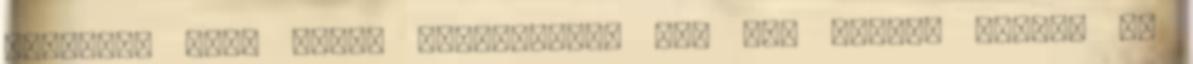
kérdésed van, nekem felteheted. Add meg e-mail címed, és